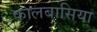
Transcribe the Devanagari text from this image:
कालबासिया